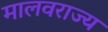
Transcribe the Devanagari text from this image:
मालवराज्य